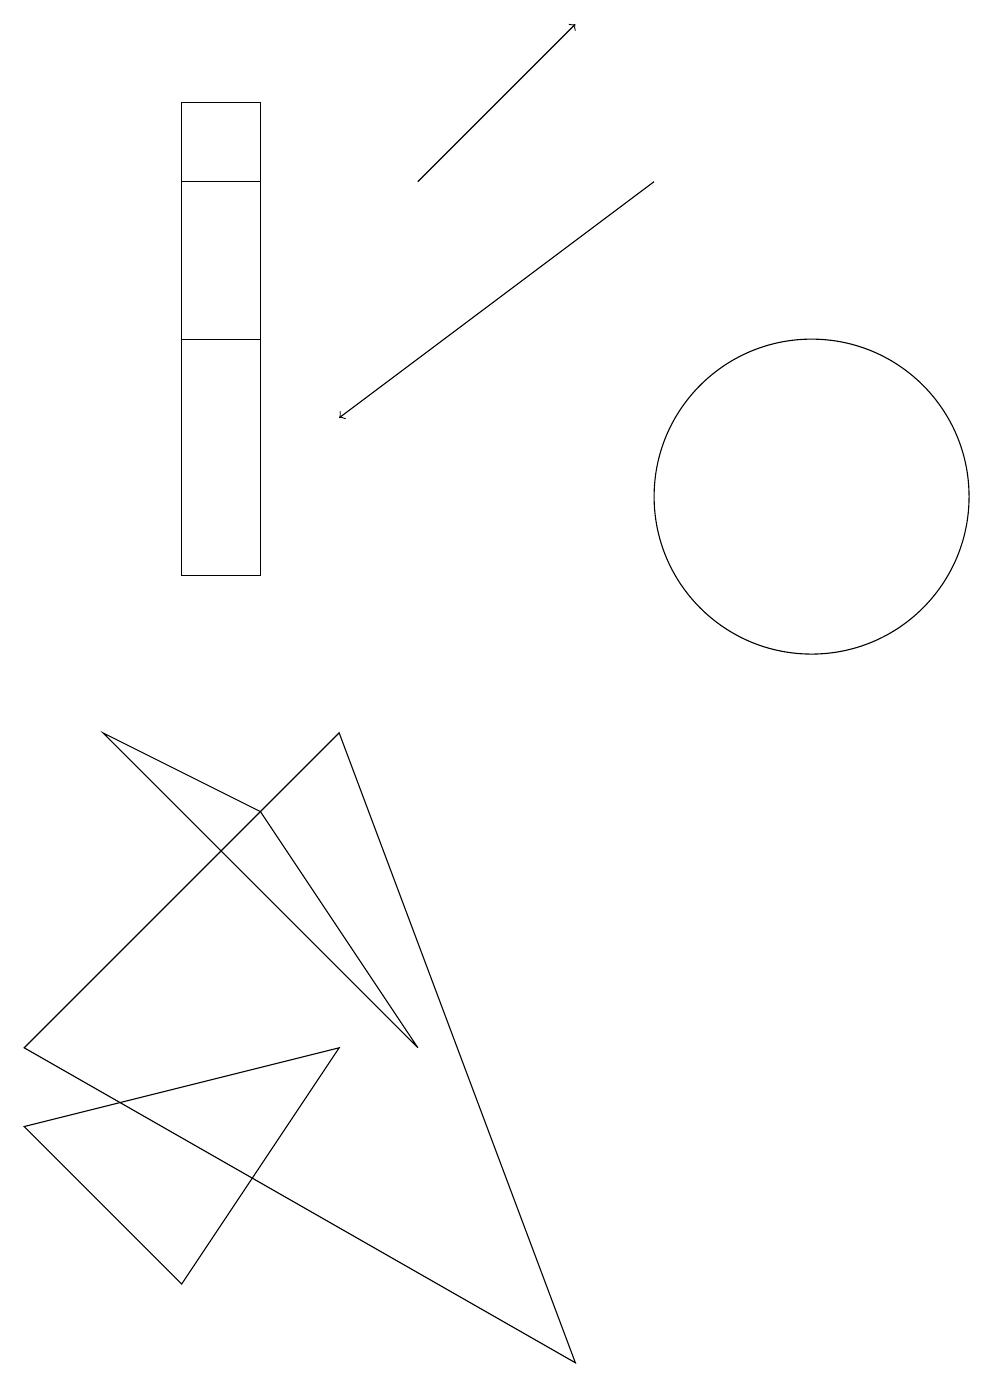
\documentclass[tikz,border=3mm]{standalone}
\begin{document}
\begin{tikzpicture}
\draw (3,10) rectangle (2,16);
\draw[->] (8,15) -- (4,12);
\draw (3,15) rectangle (2,13);
\draw (4,8) -- (0,4) -- (7,0) -- cycle;
\draw (10,11) circle (2);
\draw (5,4) -- (1,8) -- (3,7) -- cycle;
\draw[->] (5,15) -- (7,17);
\draw (0,3) -- (4,4) -- (2,1) -- cycle;
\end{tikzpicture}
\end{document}